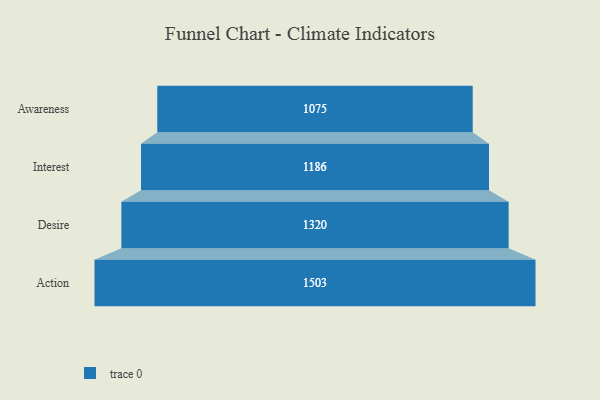
{"axis": {"x": "Stage", "y": "Value"}, "legend": [""], "data": [{"x": "Awareness", "y": 1075.0, "type": ""}, {"x": "Interest", "y": 1186.0, "type": ""}, {"x": "Desire", "y": 1320.0, "type": ""}, {"x": "Action", "y": 1503.0, "type": ""}]}